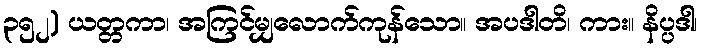
၃၅၂) ယတ္တကာ၊ အကြင်မျှလောက်ကုန်သော။ အပဒါတိ၊ ကား။ နိပ္ပဒါ၊